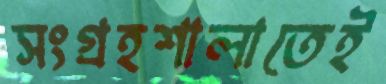
সংগ্রহশালাতেই